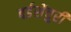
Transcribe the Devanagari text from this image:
बर्डसेंचुरी